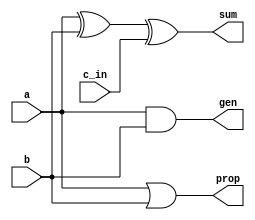
`timescale 1ns / 1ps
//////////////////////////////////////////////////////////////////////////////////
// Company: 
// Engineer: 
// 
// Design Name: 
// Module Name:    a_block 
// Project Name: 
// Target Devices: 
// Tool versions: 
// Description: 
//
// Dependencies: 
//
// Revision: 
// Revision 0.01 - File Created
// Additional Comments: 
//
//////////////////////////////////////////////////////////////////////////////////
module a_block(sum, gen, prop, c_in, a, b);

   input a, b, c_in;
   output sum, gen, prop;
	wire w;

   or (prop, a, b);
   and (gen, a, b);
   xor (w, a, b);
	xor (sum, w, c_in);

endmodule